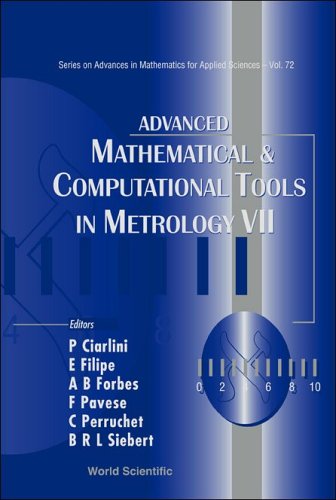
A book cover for Advanced Mathematical And Computational Tools in Metrology (Series on Advances in Mathematics for Applied Sciences); Science & Math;